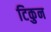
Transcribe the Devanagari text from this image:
टिकुन